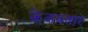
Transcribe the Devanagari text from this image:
केअवतार